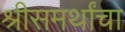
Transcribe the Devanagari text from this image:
श्रीसमर्थांचा